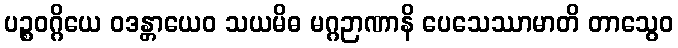
ပဉ္စဝဂ္ဂိယေ ဝဒန္တာယေဝ သယမိဓ မဂ္ဂဉာဏာနိ ပေသေဿာမာတိ တာသွေဝ